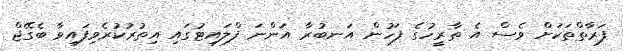
ފަރާތްތަކަށް ވެސް އެ ތާރީހުގެ ފަހުން އަނބުރާ އަންނަ ފްލައިޓުގައި އިތުރުކުރެވިފައިވާ ބެގޭޖް